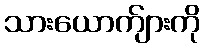
သားယောက်ျားကို